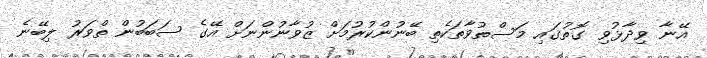
އޭނާ ވިދާޅުވި ގޮތުގައި މަސްތުވާތަކެތި ބޭނުންކުރުމަށް ޒުވާނުންނަށް އޭގެ ސަބަބުން ތްވަރު ލިބޭނެ